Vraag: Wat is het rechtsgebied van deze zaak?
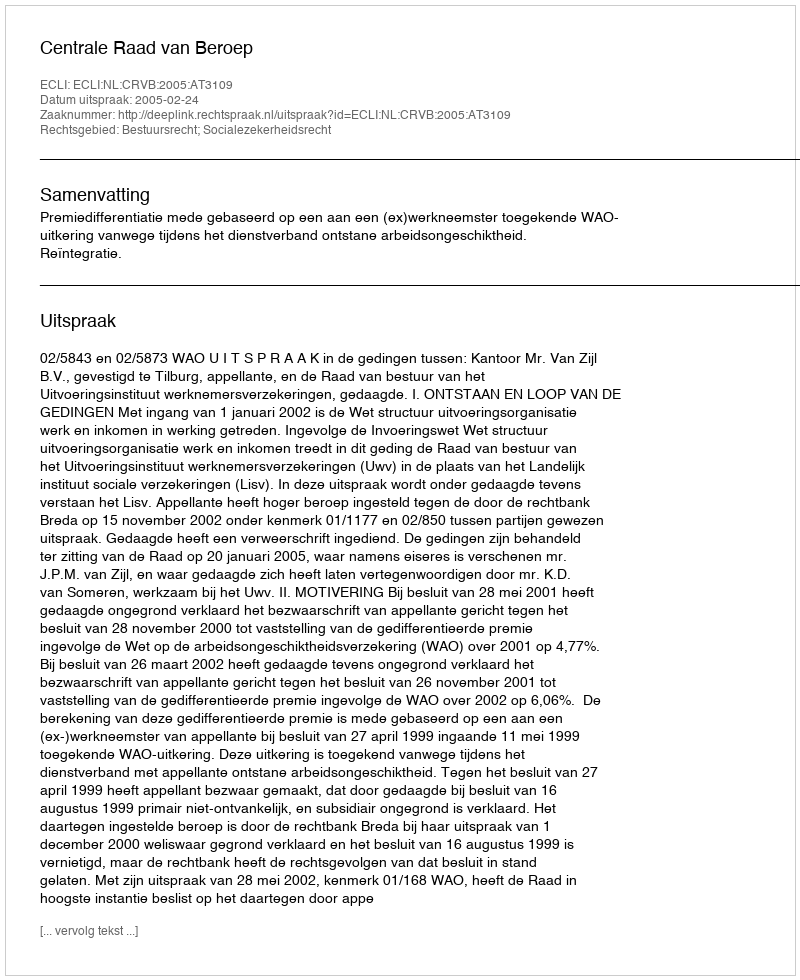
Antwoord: Bestuursrecht; Socialezekerheidsrecht